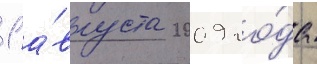
1 а́вгуста 2009 го́да